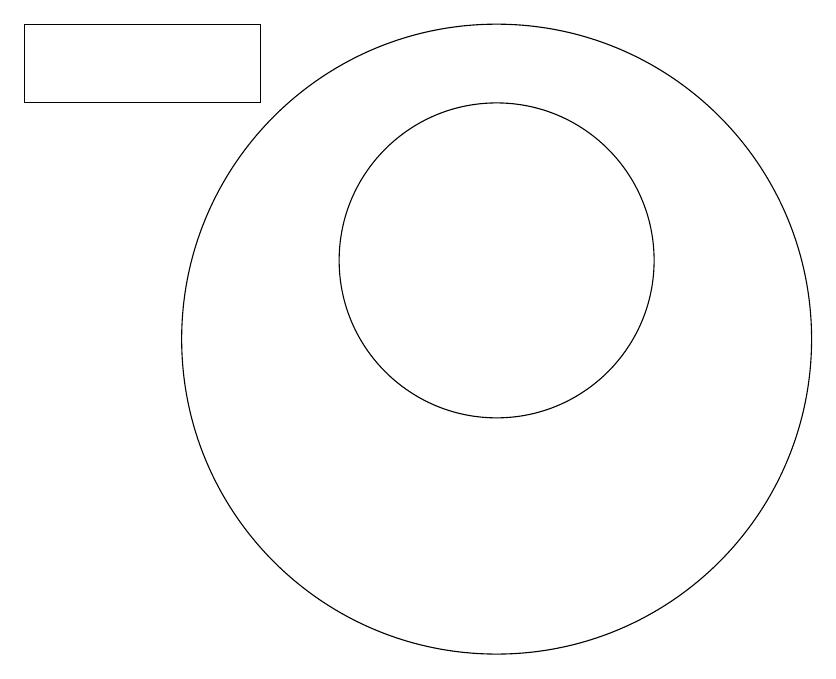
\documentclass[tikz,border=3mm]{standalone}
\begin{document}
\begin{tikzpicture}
\draw (10,10) circle (4);
\draw (7,14) rectangle (4,13);
\draw (10,11) circle (2);
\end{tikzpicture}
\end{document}